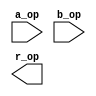
`timescale 1ns / 1ps
//////////////////////////////////////////////////////////////////////////////////
// Company: 
// Engineer: 
// 
// Design Name: 
// Module Name: Multiplier24Bit
// Project Name: 
// Target Devices: 
// Tool Versions: 
// Description: 
// 
// Dependencies: 
// 
// Revision:
// Revision 0.01 - File Created
// Additional Comments:
// 
//////////////////////////////////////////////////////////////////////////////////


module Multiplier24Bit(
    input [23:0] a_op,
    input [23:0] b_op,
    output [47:0] r_op
    );
endmodule